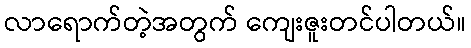
လာရောက်တဲ့အတွက် ကျေးဇူးတင်ပါတယ်။